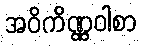
အဝိကိဏ္ဏဝါစာ